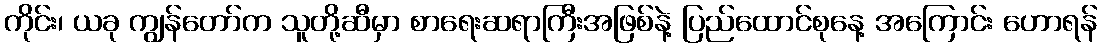
ကိုင်း၊ ယခု ကျွန်တော်က သူတို့ဆီမှာ စာရေးဆရာကြီးအဖြစ်နဲ့ ပြည်ထောင်စုနေ့ အကြောင်း ဟောရန်